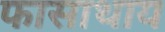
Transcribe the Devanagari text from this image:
फासाथाय